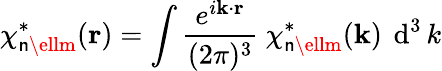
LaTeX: \chi_{\mathsf{n}\ellm}^{*}({\mathbf{{r}}})=\int{\frac{{~e^{i\mathbf{{k}}\cdot\mathbf{{r}}}~}}{{(2\pi)^{3}}}}~\chi_{\mathsf{n}\ellm}^{*}({\mathbf{{k}}})~\operatorname{d}^{3}k